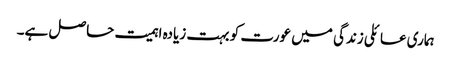
ہماری عائلی زندگی میں عورت کو بہت زیادہ اہمیت حاصل ہے۔